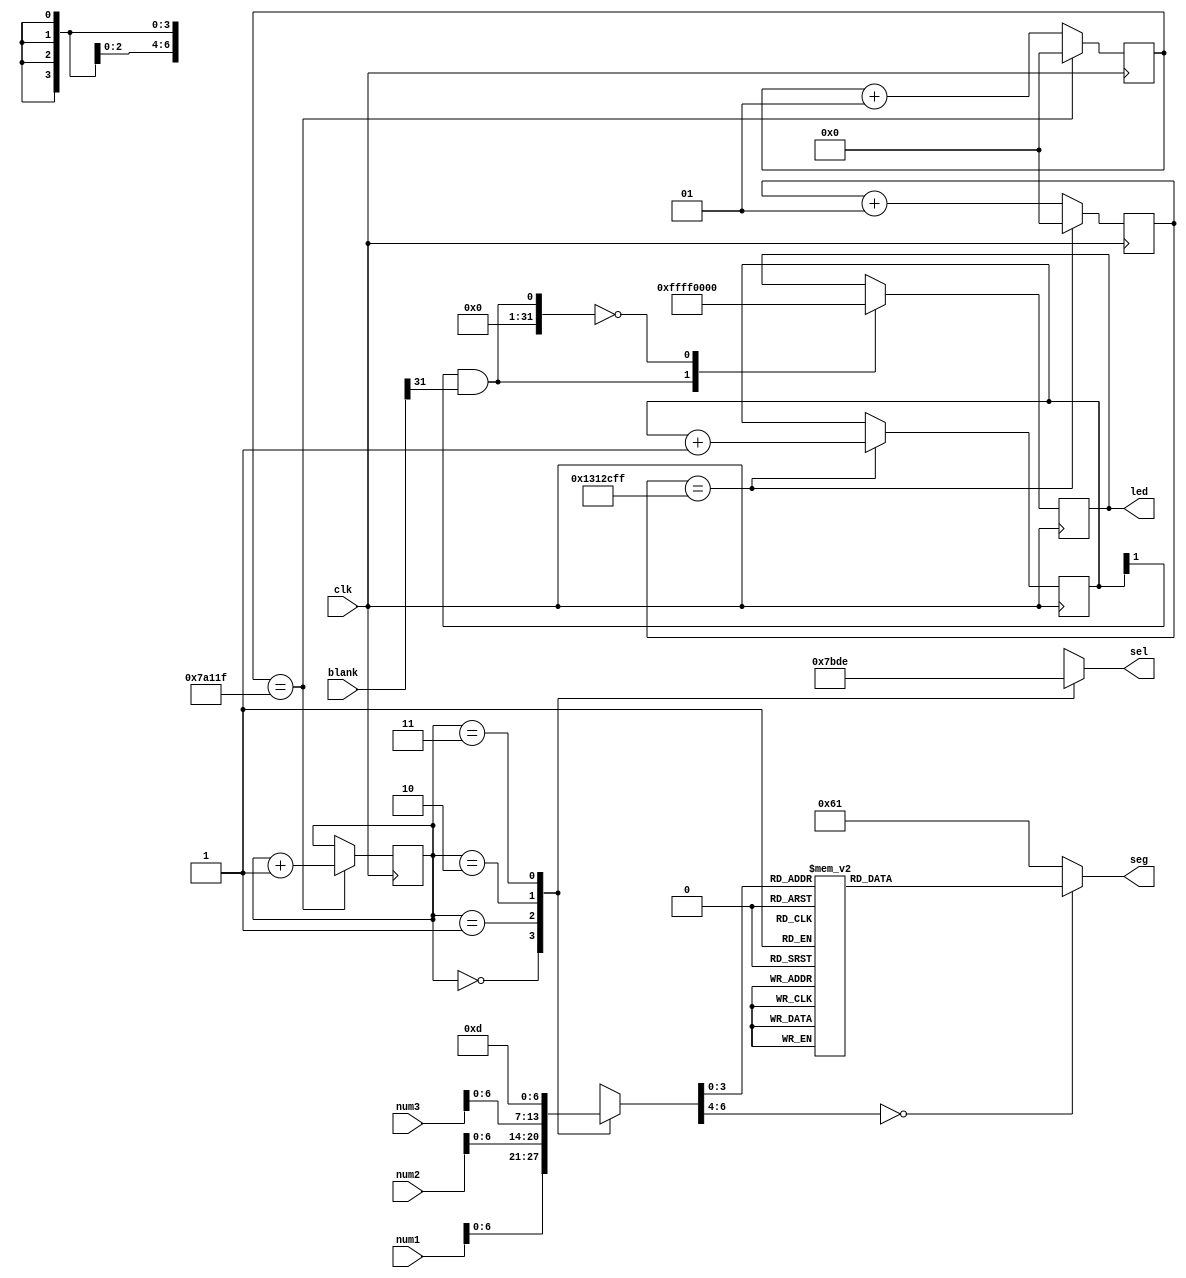
module display(clk,blank , num1, num2, num3, led, sel, seg);
input clk;
input [31:0] num1;
input [31:0] num2;
input [31:0] num3;
input [31:0] blank;

//reg [7:0] an_0; //d[7]-dp, d[6:0]-ASCII
output reg [15:0] led;
wire [15:0] out_led;
output reg [3:0] sel;
output reg [7:0] seg;	//a~g,dp


//??:Hz
parameter update_interval = 500000 - 1;
//:5Hz
parameter led_interval = 100000000 / 5 - 1;
 
reg [7:0] dat;
 
reg [1:0] cursel, cursel_0;
integer selcnt_1;		//
integer selcnt_2;		//LED

initial  
begin 
cursel = 0;
cursel_0 = 0;
selcnt_1 = 0;
selcnt_2 = 0;
end

//

//


 
//
always @(posedge clk)
begin
	selcnt_1 <= selcnt_1 + 1;
		
	if (selcnt_1 == update_interval)
	begin
		selcnt_1 <= 0;
		cursel <= cursel + 1;
	end
end

//LED
always @(posedge clk)
begin
	selcnt_2 <= selcnt_2 + 1;
		
	if (selcnt_2 == led_interval)
	begin
		selcnt_2 <= 0;
		cursel_0 <= cursel_0 + 1;
	end
end

always @(posedge clk)
begin
    case(cursel_0[1] & blank[31])
    1: led = 16'hffff;
    0: led = 16'h0;
    endcase
end



//



always @(*)
begin
	sel = 4'b1111;
	case (cursel)
		2'b00:
			begin 
			dat = num1[7:0];//AN3
			sel = 4'b0111;
			end
		2'b01:
			begin 
			dat = num2[7:0];//AN2
			sel = 4'b1011;
			end
		2'b10:
			begin 
			dat = num3[7:0];//AN1
			sel = 4'b1101;
			end
		2'b11:
			begin 
			dat = 8'h0d;//
			sel = 4'b1110;
			end
	endcase
end


always @(*)
begin
	case (dat[6:0])
		7'h00: seg[7:0] <= 8'b00000011;		//?0
		7'h01: seg[7:0] <= 8'b00000011;		//?0
		7'h02: seg[7:0] <= 8'b10011111;		//1
		7'h03: seg[7:0] <= 8'b00100101;		//2
		7'h04: seg[7:0] <= 8'b00001101;		//3
		7'h05: seg[7:0] <= 8'b10011001;		//4
		7'h06: seg[7:0] <= 8'b01001001;		//5
		7'h07: seg[7:0] <= 8'b01000001;		//6
		7'h08: seg[7:0] <= 8'b00011111;		//7
		7'h0c: seg[7:0] <= 8'b01111111;		//
		7'h0d: seg[7:0] <= 8'b11111111;		//?
		7'h0e: seg[7:0] <= 8'b11101111;		//_
		7'h0f: seg[7:0] <= 8'b11111101;		//-
		
		default: seg[7:0] <= 8'b01100001; 	//E-rror
	endcase
end
	
endmodule